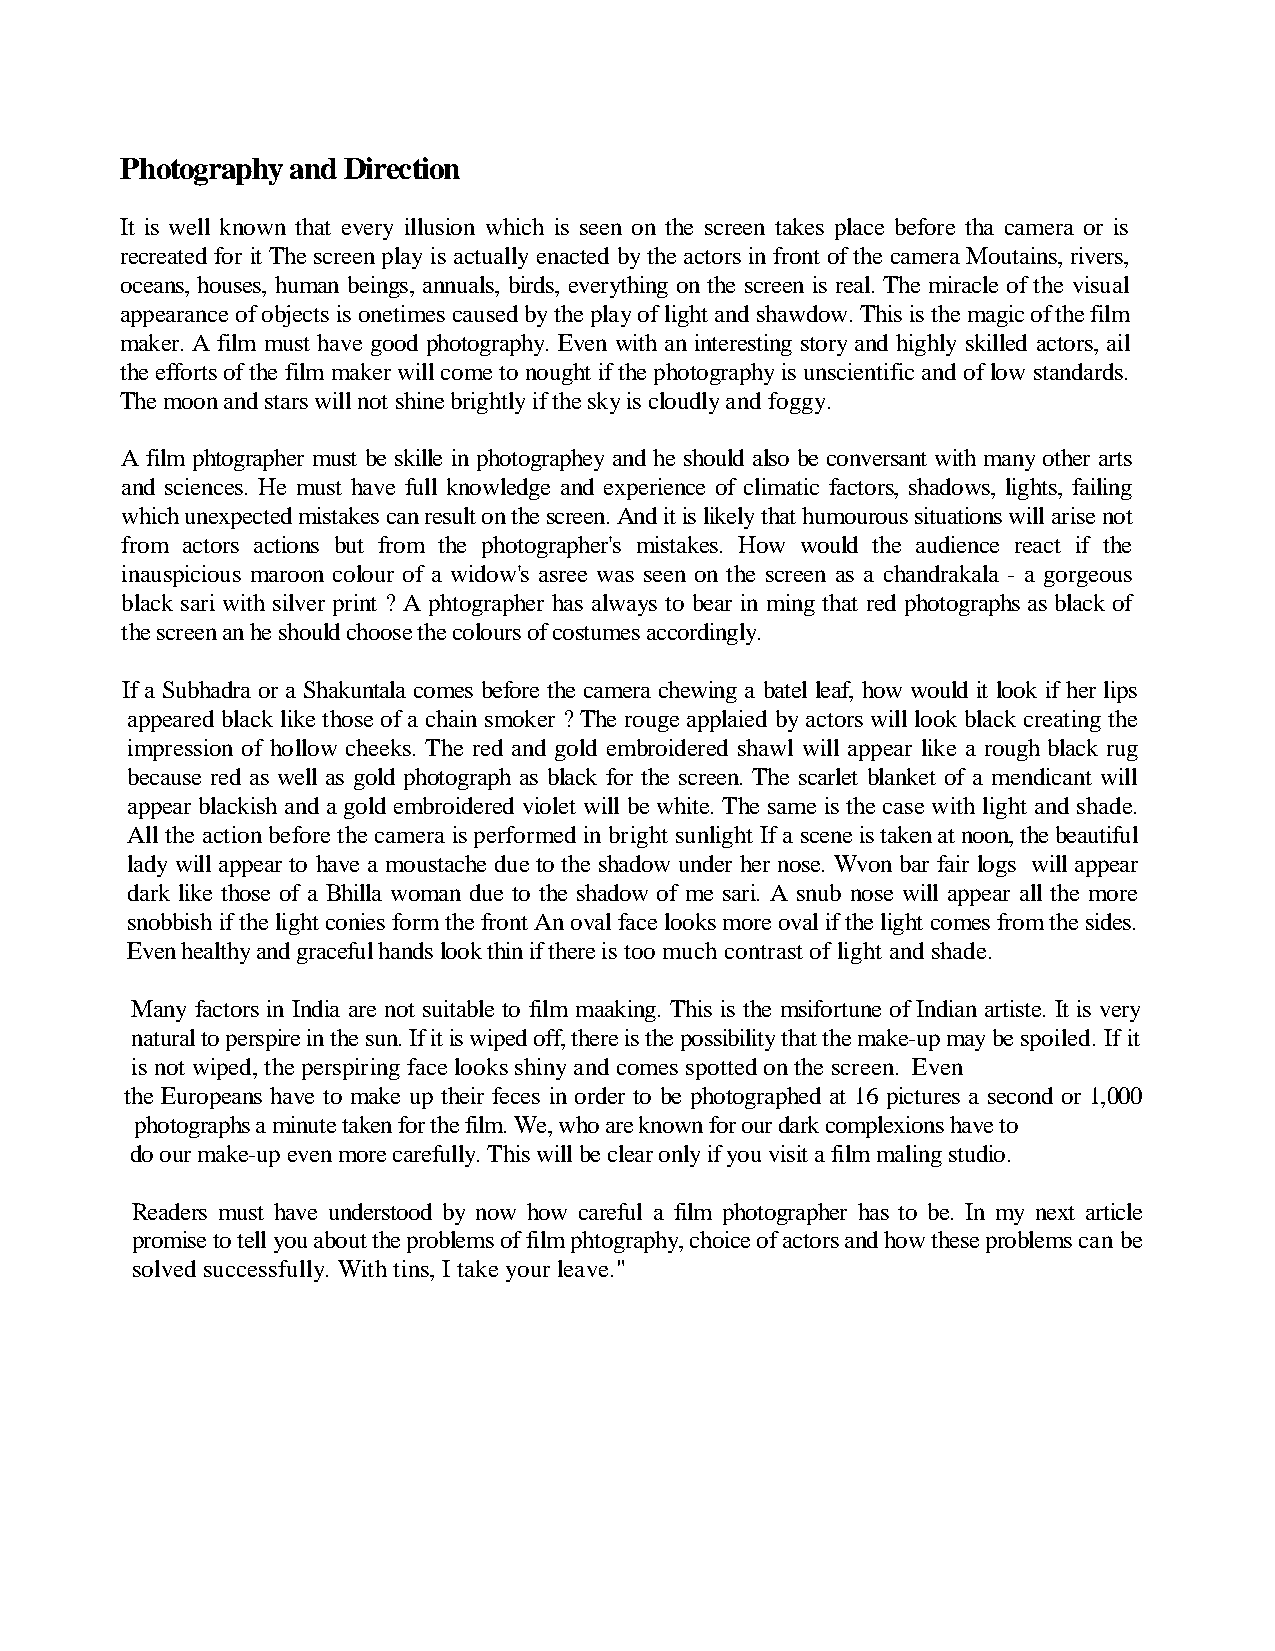
Photography and Direction
 It is well known that every illusion which is seen on the screen takes place before tha camera or is
 recreated for it The screen play is actually enacted by the actors in front of the camera Moutains, rivers,
 oceans, houses, human beings, annuals, birds, everything on the screen is real. The miracle of the visual
 appearance of objects is onetimes caused by the play of light and shawdow. This is the magic of the film
 maker. A film must have good photography. Even with an interesting story and highly skilled actors, ail
 the efforts of the film maker will come to nought if the photography is unscientific and of low standards.
 The moon and stars will not shine brightly if the sky is cloudly and fogg y.
 A film phtographer must be skille in photographey and he should also be conversant with many other arts
 and sciences. He must have full knowledge and experience of climatic factors, shadows, lights, failing
 which unexpected mistakes can result on the screen. And it is likely that humourous situations will arise not
 from actors actions but from the photographer's mistakes. How would the audience react if the
 inauspicious maroon colour of a widow's asree was seen on the screen as a chandrakala - a gorgeous
 black sari with silver print ? A phtographer has always to bear in ming that red photographs as black of
 the screen an he should choose the colours of costumes accordin gly.
 If a Subhadra or a Shakuntala comes before the camera chewing a batel leaf, how would it look if her lips
 appeared black like those of a chain smoker ? The rouge applaied by actors will look black creating the
 impression of hollow cheeks. The red and gold embroidered shawl will appear like a rough black rug
 because red as well as gold photograph as black for the screen. The scarlet blanket of a mendicant will
 appear blackish and a gold embroidered violet will be white. The same is the case with light and shade.
 All the action before the camera is performed in bright sunlight If a scene is taken at noon, the beautiful
 lady will appear to have a moustache due to the shadow under her nose. Wvon bar fair logs will appear
 dark like those of a Bhilla woman due to the shadow of me sari. A snub nose will appear all the more
 snobbish if the light conies form the front An oval face looks more oval if the light comes from the sides.
 Even healthy and graceful hands look thin if there is too much contrast of light and sha de.
 Many factors in India are not suitable to film maaking. This is the msifortune of Indian artiste. iIst very
 natural to perspire in the sun. If it is wiped off, there is the possibility that the make-up may be spoiled. If it
 is not wiped, the perspiring face looks shiny and comes spotted on the screen. Even
 the Europeans have to make up their feces in order to be photographed at 16 pictures a second or 1,000
 photographs a minute taken for the film. We, who are known for our dark complexions h ave to
 do our make-up even more carefully. This will be clear only if you visit a film maling stu dio.
 Readers must have understood by now how careful a film photographer has to be. In my next article
 promise to tell you about the problems of film phtography, choice of actors and how these problems can be
 solved successfully. With tins, I take your leave."